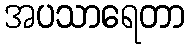
အပသာရေတာ